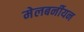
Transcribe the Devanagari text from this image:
मेलबर्नीयन